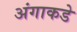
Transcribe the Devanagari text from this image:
अंगाकडे